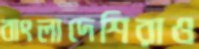
বাংলাদেশিরাও